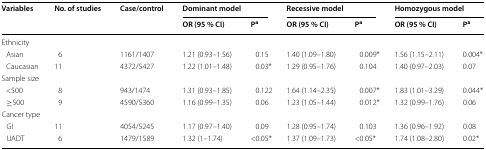
<table><thead><tr><td rowspan="2"><b>Variables</b></td><td rowspan="2"><b>No. of studies</b></td><td rowspan="2"><b>Case/control</b></td><td colspan="2"><b>Dominant model</b></td><td colspan="2"><b>Recessive model</b></td><td colspan="2"><b>Homozygous model</b></td></tr><tr><td><b>OR (95 % CI)</b></td><td><b>P<sup>a</sup></b></td><td><b>OR (95 % CI)</b></td><td><b>P<sup>a</sup></b></td><td><b>OR (95 % CI)</b></td><td><b>P<sup>a</sup></b></td></tr></thead><tbody><tr><td colspan="9">Ethnicity</td></tr><tr><td> Asian</td><td>6</td><td>1161/1407</td><td>1.21 (0.93–1.56)</td><td>0.15</td><td>1.40 (1.09–1.80)</td><td>0.009*</td><td>1.56 (1.15–2.11)</td><td>0.004*</td></tr><tr><td> Caucasian</td><td>11</td><td>4372/5427</td><td>1.22 (1.01–1.48)</td><td>0.03*</td><td>1.29 (0.95–1.76)</td><td>0.104</td><td>1.40 (0.97–2.03)</td><td>0.07</td></tr><tr><td colspan="9">Sample size</td></tr><tr><td> &lt;500</td><td>8</td><td>943/1474</td><td>1.31 (0.93–1.85)</td><td>0.122</td><td>1.64 (1.14–2.35)</td><td>0.007*</td><td>1.83 (1.01–3.29)</td><td>0.044*</td></tr><tr><td> ≥500</td><td>9</td><td>4590/5360</td><td>1.16 (0.99–1.35)</td><td>0.06</td><td>1.23 (1.05–1.44)</td><td>0.012*</td><td>1.32 (0.99–1.76)</td><td>0.06</td></tr><tr><td colspan="9">Cancer type</td></tr><tr><td> GI</td><td>11</td><td>4054/5245</td><td>1.17 (0.97–1.40)</td><td>0.09</td><td>1.28 (0.95–1.74)</td><td>0.103</td><td>1.36 (0.96–1.92)</td><td>0.08</td></tr><tr><td> UADT</td><td>6</td><td>1479/1589</td><td>1.32 (1–1.74)</td><td>&lt;0.05*</td><td>1.37 (1.09–1.73)</td><td>&lt;0.05*</td><td>1.74 (1.08–2.80)</td><td>0.02*</td></tr></tbody></table>